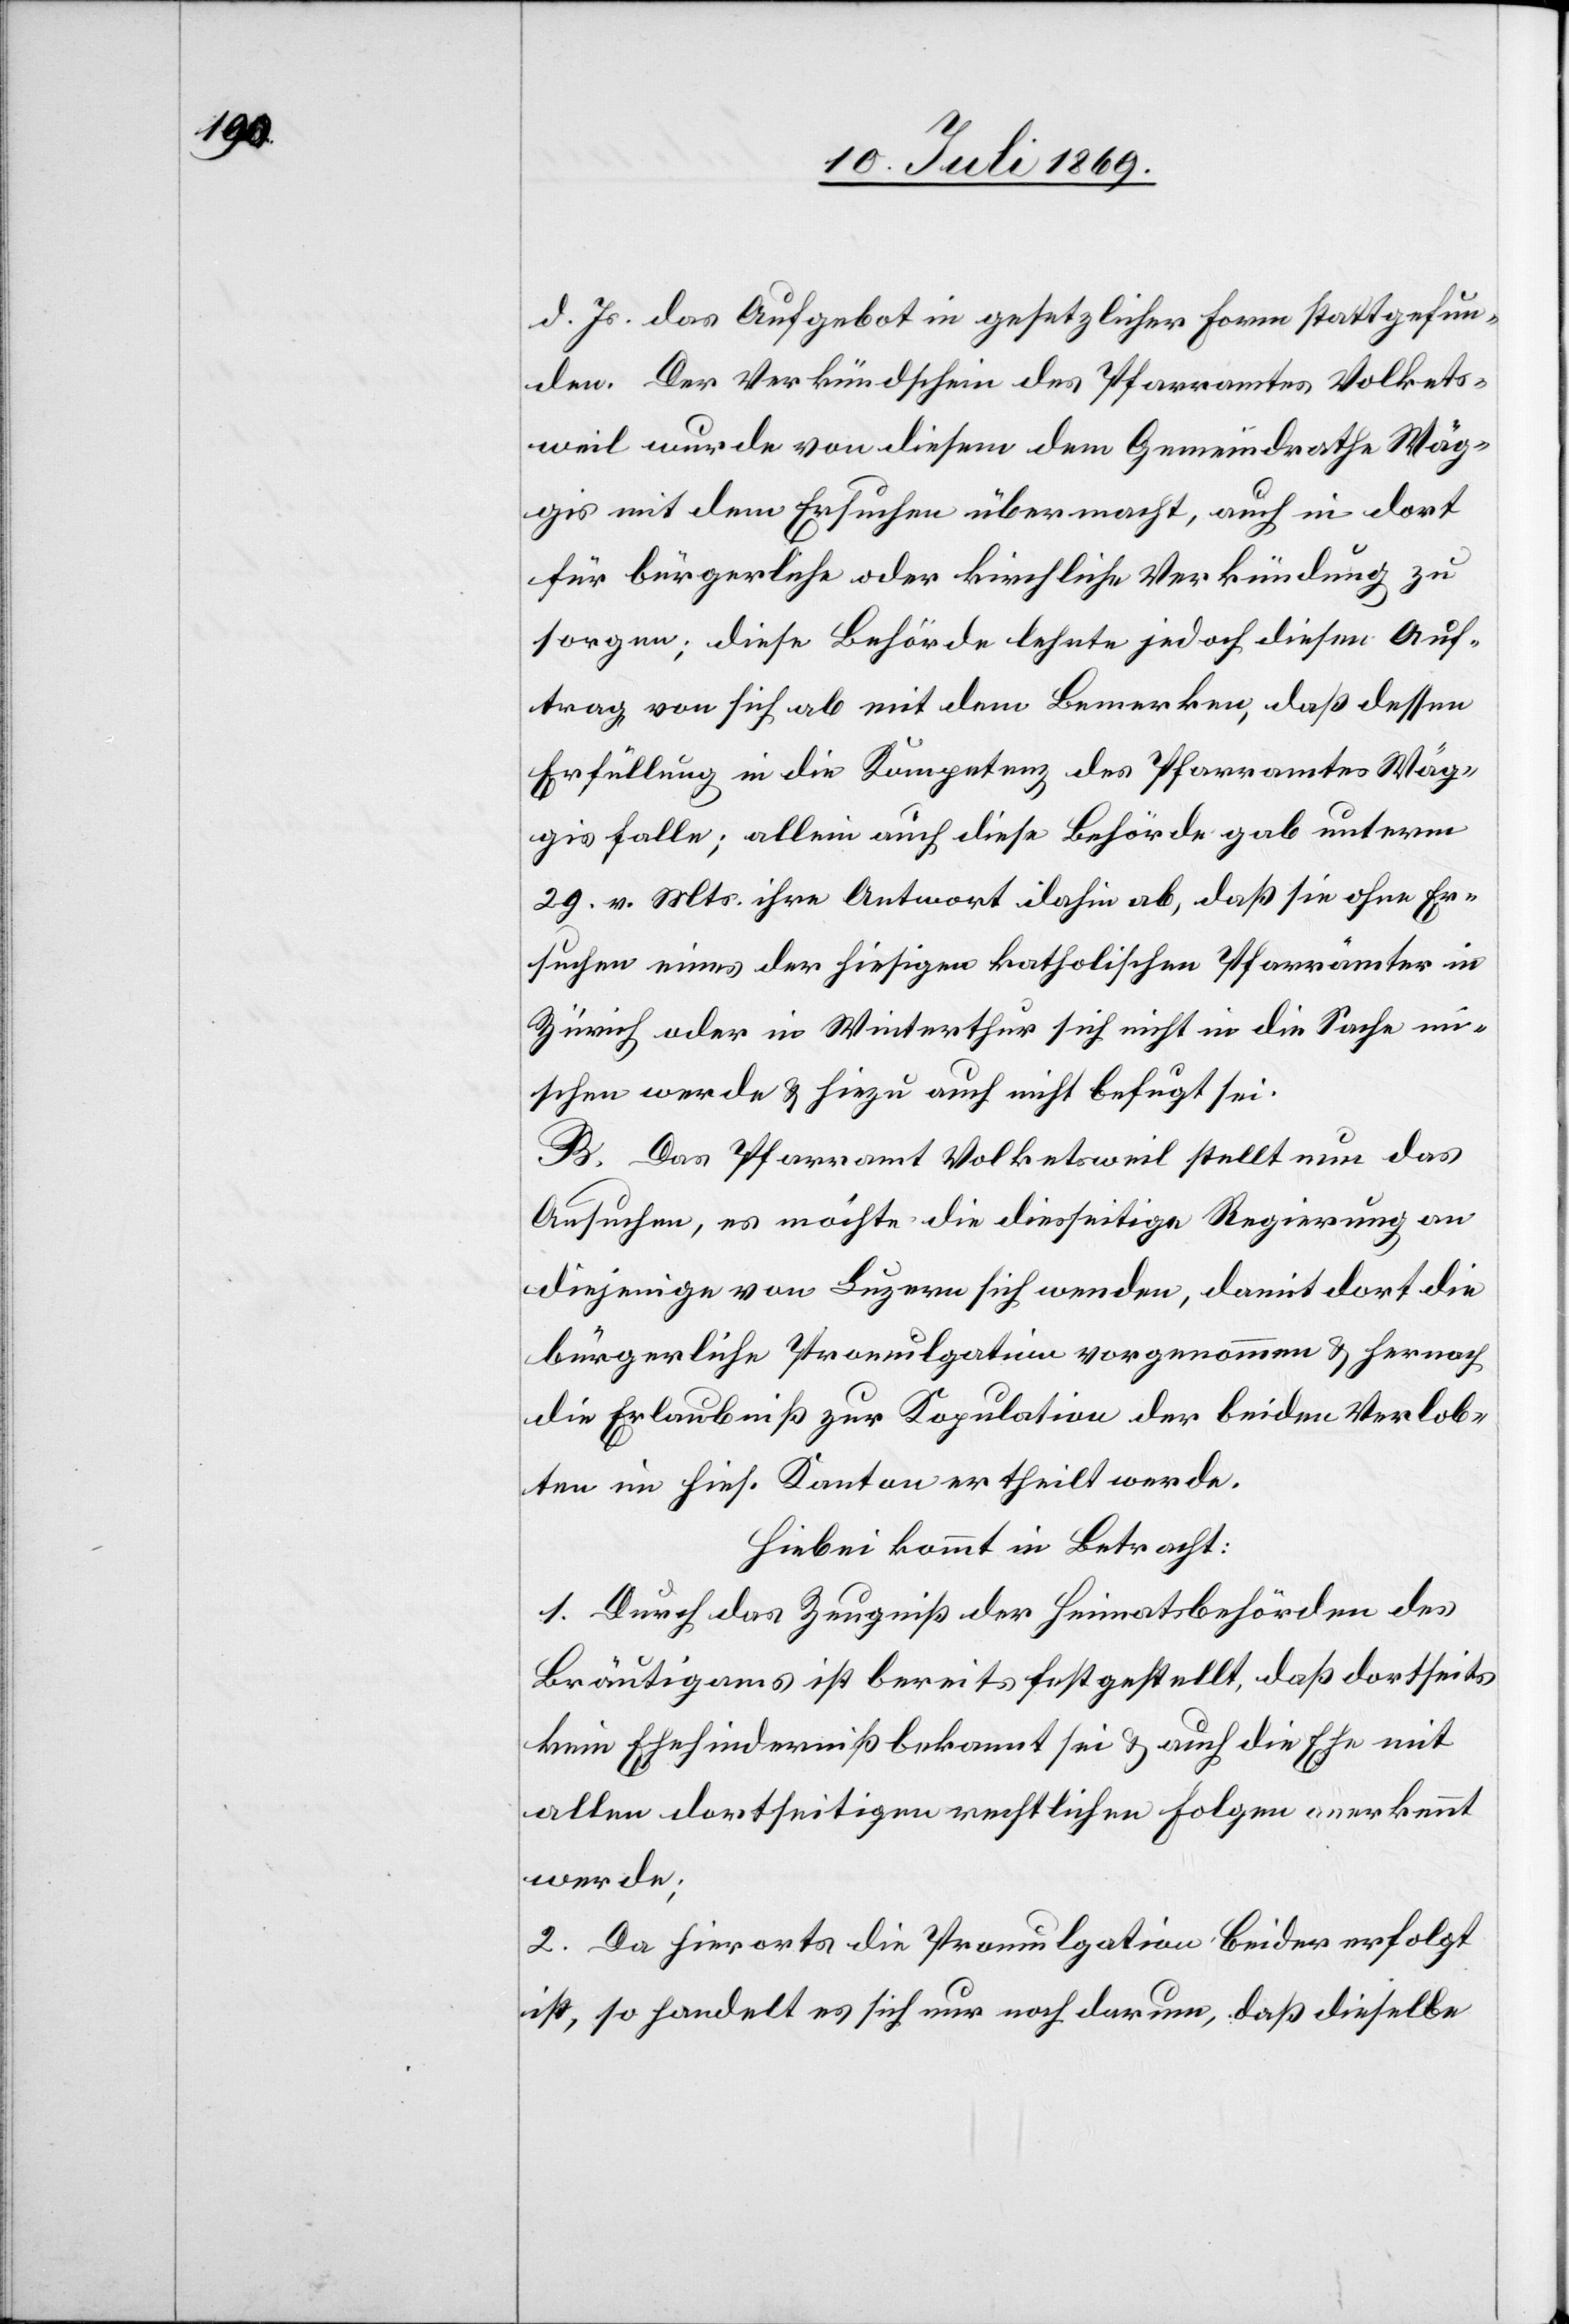
d. Js. das Aufgebot in gesetzlicher Form stattgefun¬
den. Der Verkündschein des Pfarramtes Volkets¬
weil wurde von diesem dem Gemeindrathe Wäg¬
gis mit dem Ersuchen übermacht, auch in dort
für bürgerliche oder kirchliche Verkündung zu
sorgen; diese Behörde lehnte jedoch diesen Auf¬
trag von sich ab mit dem Bemerken, daß dessen
Erfüllung in die Kompetenz des Pfarramtes Wäg¬
gis falle; allein auch diese Behörde gab unterm
29 v. Mts. ihre Antwort dahin ab, daß sie ohne Er¬
suchen eines der hiesigen katholischen Pfarrämter in
Zürich oder in Winterthur sich nicht in die Sache mi¬
schen werde u. hiezu auch nicht befugt sei.
B. Das Pfarramt Volketsweil stellt nun das
Ansuchen, es möchte die diesseitige Regierung an
diejenige von Luzern sich wenden, damit dort die
bürgerliche Promulgation vorgenommen u. hernach
die Erlaubniß zur Kopulation der beiden Verlob¬
ten im hies. Kanton ertheilt werde.
Hiebei kommt in Betracht:
1. Durch das Zeugniß der Heimatsbehörden des
Bräutigams ist bereits festgestellt, daß dortseits
kein Ehehinderniß bekannt sei u. auch die Ehe mit
allen dortseitigen rechtlichen Folgen anerkennt
werde;
2. Da hierorts die Promulgation beider erfolgt
ist, so handelt es sich nur noch darum, daß dieselbe